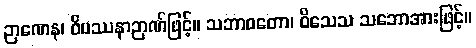
ဉာဏေန၊ ဝိပဿနာဉာဏ်ဖြင့်။ သဘာဝတော၊ ဝိသေသ သဘောအားဖြင့်။